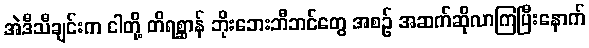
အဲဒီသီချင်းက ငါတို့ တိရစ္ဆာန် ဘိုးဘေးဘီဘင်တွေ အစဉ် အဆက်ဆိုလာကြပြီးနောက်